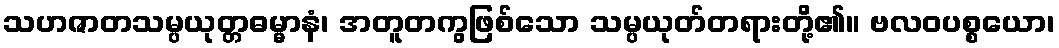
သဟဇာတသမ္ပယုတ္တဓမ္မာနံ၊ အတူတကွဖြစ်သော သမ္ပယုတ်တရားတို့၏။ ဗလဝပစ္စယော၊